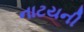
નાટયની